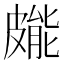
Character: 𭽳